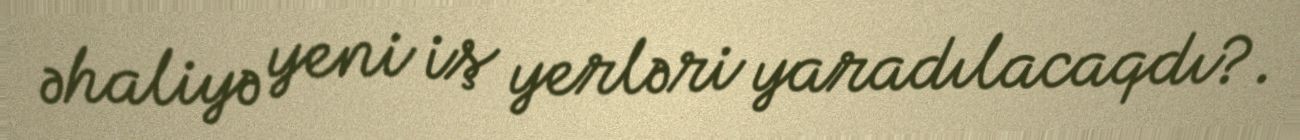
əhaliyə yeni iş yerləri yaradılacaqdı?.